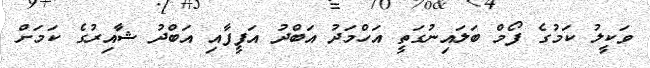
ވަކީލު ކަމުގެ ފޯމް ބަލައިނުގަތީ އަހްމަދު އަބްދު އަފީފާއި އަބްދު ޝާއިރުގެ ކަމަށް